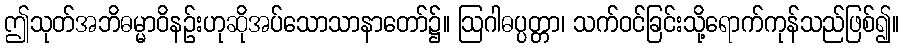
ဤသုတ်အဘိဓမ္မာဝိနဉ်းဟုဆိုအပ်သောသာနာတော်၌။ ဩဂါဓပ္ပတ္တာ၊ သက်ဝင်ခြင်းသို့ရောက်ကုန်သည်ဖြစ်၍။